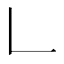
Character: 𠃊